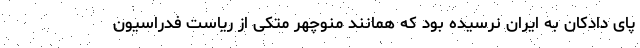
پای دادکان به ایران نرسیده بود که همانند منوچهر متکی از ریاست فدراسیون